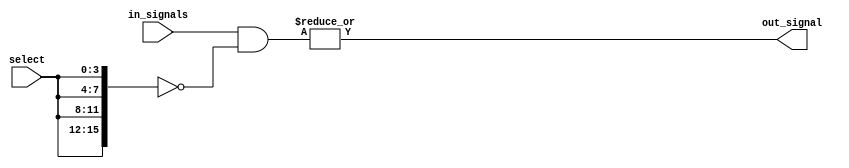
module mux_16to1 (
    input [15:0] in_signals,
    input [3:0] select,
    output reg out_signal
);

reg [15:0] masked_signals;

always @(*) begin
    masked_signals = in_signals & ~{ select, select, select, select };
    
    out_signal = |masked_signals;
end

endmodule